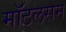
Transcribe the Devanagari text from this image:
मॉटलसन